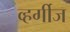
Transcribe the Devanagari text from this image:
व्हर्गीज